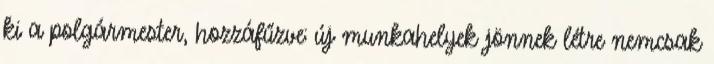
ki a polgármester, hozzáfűzve: új munkahelyek jönnek létre nemcsak